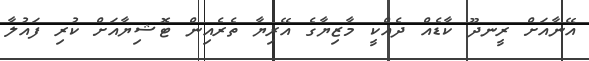
އޭނާއަށް ރީނދޫ ކާޑެއް ދެއްކީ މާޒިޔާގެ އޭރިޔާ ތެރެއިން ޓޮޝިޔާއަށް ކުރި ފައުލާ